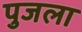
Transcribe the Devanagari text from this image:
पुजला